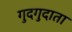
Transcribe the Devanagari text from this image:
गुदगुदाता